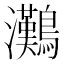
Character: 𤅩